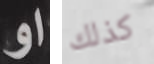
او كذلك